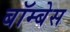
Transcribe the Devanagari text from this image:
बॉम्बेस